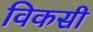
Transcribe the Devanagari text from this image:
विकसी